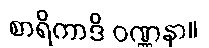
စာရိကာဒိ ဝဏ္ဏနာ။